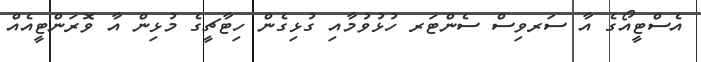
އެސްޓީއޯގެ އާ ސަރވިސް ސެންޓަރ ހުޅުވުމާއި ގުޅިގެން ހިޓާޗީގެ މުޅިން އާ ވޮރަންޓީއެއް